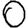
Digit: 0